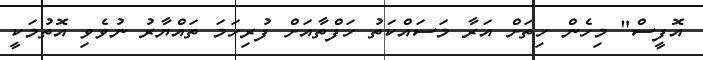
އޮފީސް" މިހެން ހިތަށް އަރާ މަސައްކަތު ހަފްތާއަށް ފުރިހަމަ ތައްޔާރު ނުވެވި އޮތުމަކީ